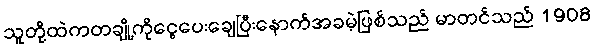
သူတို့ထဲကတချို့ကိုငွေပေးချေပြီးနောက်အခမဲ့ဖြစ်သည် မာတင်သည် 1908